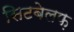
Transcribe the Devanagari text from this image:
सिटबेलफ़